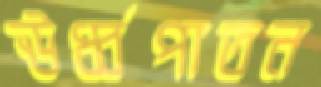
ঊর্ধ্বপাতন